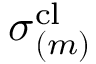
\boldsymbol { \sigma } _ { ( m ) } ^ { \mathrm { c l } }